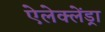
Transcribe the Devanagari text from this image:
ऐलेक्लेंड्रा